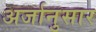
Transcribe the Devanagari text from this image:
अर्जानुसार